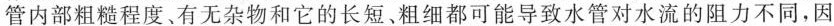
管内部粗糙程度、有无杂物和它的长短、粗细都可能导致水管对水流的阻力不同，因